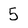
Character: 5